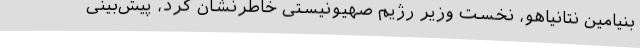
بنیامین نتانیاهو، نخست وزیر رژیم صهیونیستی خاطرنشان کرد، پیش‌بینی